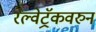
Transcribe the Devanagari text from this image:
रेल्वेट्रॅकवरुन